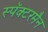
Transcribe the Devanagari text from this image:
स्पॅक्टरमैन